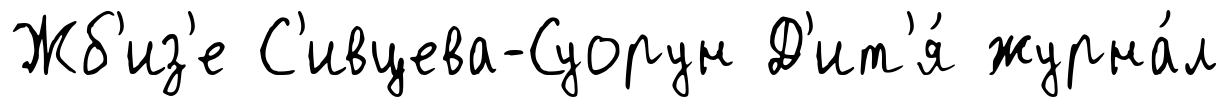
Жб'из'е С'ивцева-Суорун Д'ит'я́ журна́л